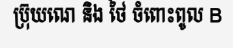
ប្រ៊ុយណេ និង ថៃ ចំពោះពូល B